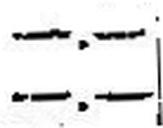
—.—